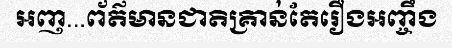
អញ...ព័ត៌មានជាតិគ្រាន់តែរឿងអញ្ចឹង